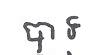
បាទ